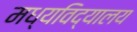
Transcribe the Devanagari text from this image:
मध्यविद्यालय